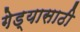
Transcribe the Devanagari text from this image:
गेड्यासाठी